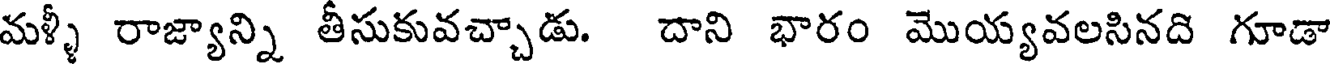
మళ్ళీ రాజ్యాన్ని తీసుకువచ్చాడు. దాని భారం మొయ్యవలసినది గూడా